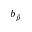
b _ { \beta }